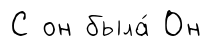
С он была́ Он